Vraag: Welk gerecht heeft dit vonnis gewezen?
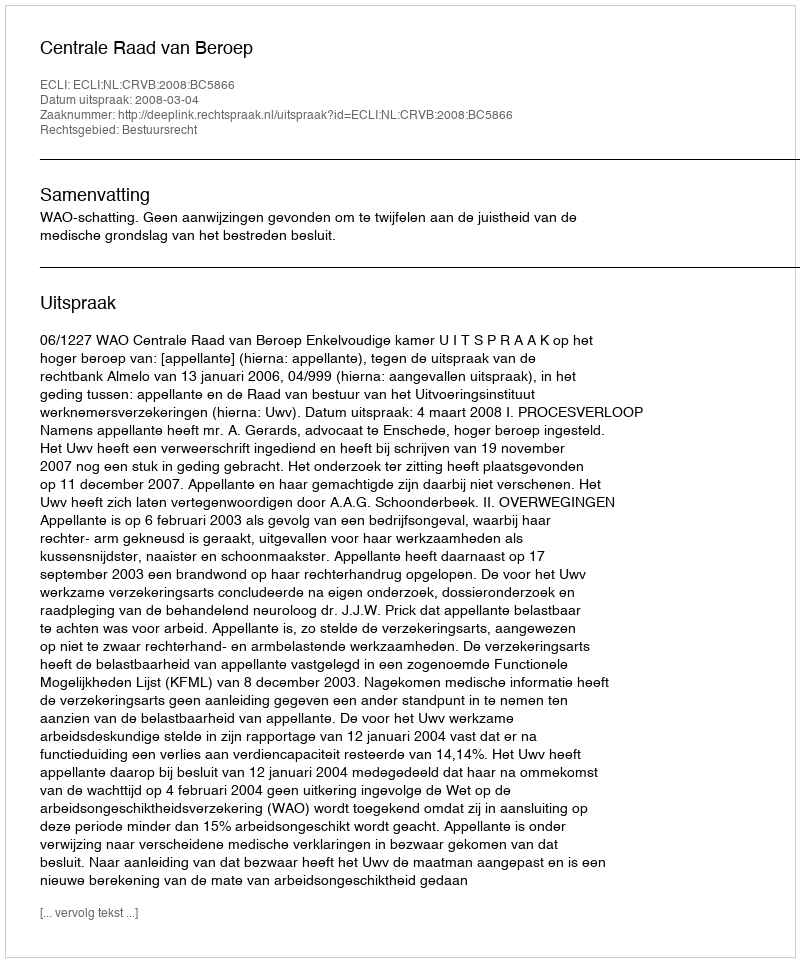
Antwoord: Centrale Raad van Beroep